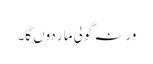
ورنہ گولی مار دوں گا۔